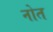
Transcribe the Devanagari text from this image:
नोत